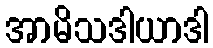
အာမိသဒါယာဒါ